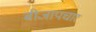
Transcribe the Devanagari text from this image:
बीजापचार